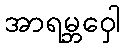
အာရမ္ဘဝှေါ